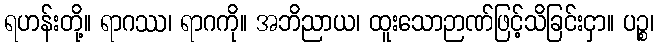
ရဟန်းတို့။ ရာဂဿ၊ ရာဂကို။ အဘိညာယ၊ ထူးသောဉာဏ်ဖြင့်သိခြင်းငှာ။ ပဉ္စ၊